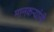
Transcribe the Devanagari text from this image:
मानकऱ्यांनी